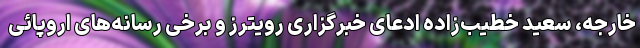
خارجه، سعید خطیب‌زاده ادعای خبرگزاری رویترز و برخی رسانه‌های اروپائی